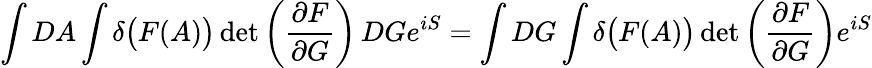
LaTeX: \int DA\int\delta{\big(}F(A){\big)}\operatorname*{det}\left({\frac{\partial F}{\partial G}}\right)\, DGe^{iS}=\int DG\int\delta{\big(}F(A){\big)}\operatorname*{det}\left({\frac{\partial F}{\partial G}}\right)e^{iS}